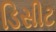
ડિસીટ